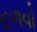
દળવો